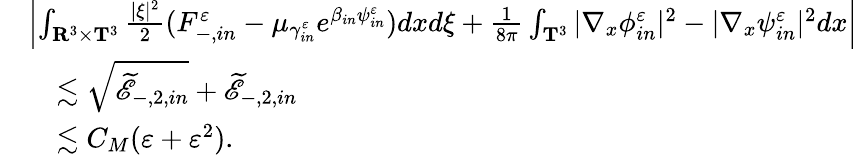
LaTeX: \begin{array}{rl}&{\left|\int_{\mathbf R^{3}\times\mathbf T^{3}}\frac{|\xi|^{2}}{2}(F_{-,in}^{\varepsilon}-\mu_{\gamma_{in}^{\varepsilon}}e^{\beta_{in}\psi_{in}^{\varepsilon}})dxd\xi+\frac{1}{8\pi}\int_{\mathbf T^{3}}|\nabla_{x}\phi_{in}^{\varepsilon}|^{2}-|\nabla_{x}\psi_{in}^{\varepsilon}|^{2}dx\right|}\\ &{\quad\lesssim\sqrt{\widetilde{\mathscr E}_{-,2,in}}+\widetilde{\mathscr E}_{-,2,in}}\\ &{\quad\lesssim C_{M}(\varepsilon+\varepsilon^{2}).}\end{array}